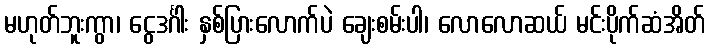
မဟုတ်ဘူးကွာ၊ ငွေဒင်္ဂါး နှစ်ပြားလောက်ပဲ ချေးစမ်းပါ၊ လောလောဆယ် မင်းပိုက်ဆံအိတ်